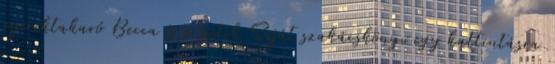
gyerektakaró Becca és a sütik Saját szakácskönyv egy kattintásra